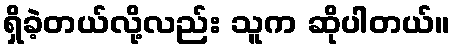
ရှိခဲ့တယ်လို့လည်း သူက ဆိုပါတယ်။